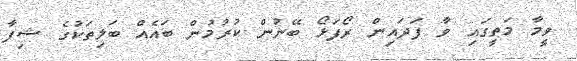
ވީމާ މަތީގައި ވާ ފަދައިން ރޯފަޅޯ ބޭނުން ކުރުމުން ބައެއް ބަލިތަކުގެ ޝިފާ